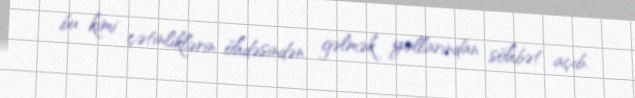
bu kimi çətinliklərin öhdəsindən gəlmək yollarından söhbət açıb.